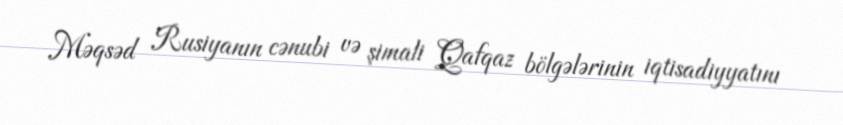
Məqsəd Rusiyanın cənubi və şimali Qafqaz bölgələrinin iqtisadiyyatını